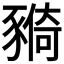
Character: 𧱺